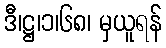
ဒီ၊ဋ္ဌ၊၁၊၆၈၊ မှယူရန်